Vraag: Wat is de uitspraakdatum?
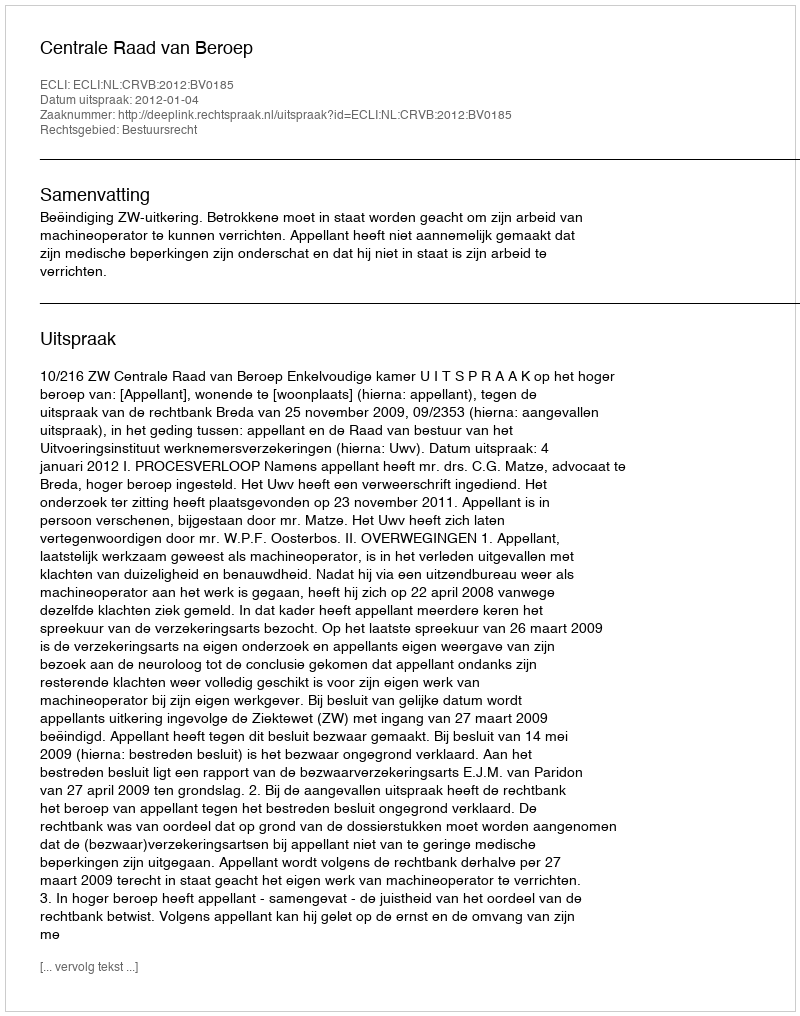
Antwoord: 2012-01-04